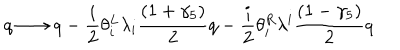
q \longrightarrow q - { \frac { i } { 2 } } \theta _ { i } ^ { L } \lambda _ { i } { \frac { ( 1 + \gamma _ { 5 } ) } { 2 } } q - { \frac { i } { 2 } } \theta _ { i } ^ { R } \lambda ^ { i } { \frac { ( 1 - \gamma _ { 5 } ) } { 2 } } q